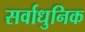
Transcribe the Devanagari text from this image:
सर्वाधुनिक